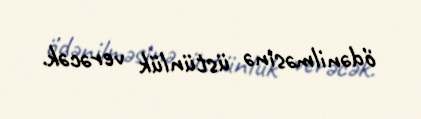
ödənilməsinə üstünlük verəcək.